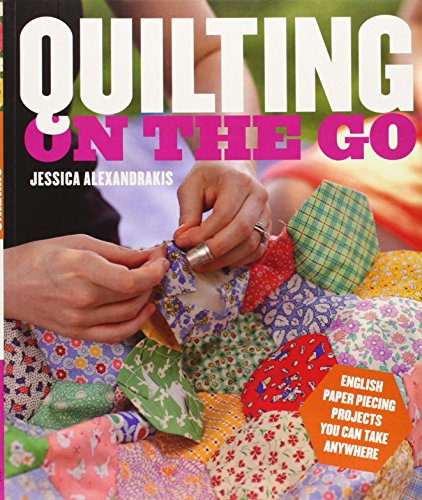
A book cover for Quilting on the Go: English Paper Piecing Projects You Can Take Anywhere; Jessica Alexandrakis; Crafts, Hobbies & Home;